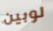
لوبين